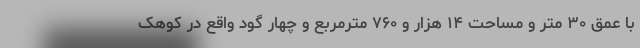
با عمق ۳۰ متر و مساحت ۱۴ هزار و ۷۶۰ مترمربع و چهار گود واقع در کوهک